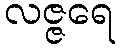
လဇ္ဇရေ